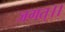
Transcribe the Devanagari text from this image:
जगत्।।